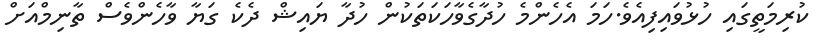
ކުރިމަތީގައި ހުޅުވައިފިއެވެ.ހަމަ އެހެންމެ ހުދާގެވާހަކަތަކުން ހުދާ ޔައިޝް ދެކެ ގަޔާ ވާހެންވެސް ތާނިމްއަށް